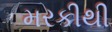
મરકીથી